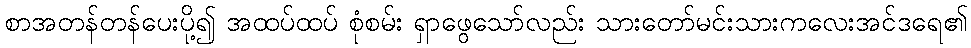
စာအတန်တန်ပေးပို့၍ အထပ်ထပ် စုံစမ်း ရှာဖွေသော်လည်း သားတော်မင်းသားကလေးအင်ဒရေ၏